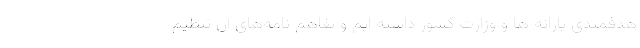
هدفمندی یارانه ها و وزارت کشور داشته ایم و تفاهم نامه‌های آن تنظیم